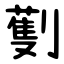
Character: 劐